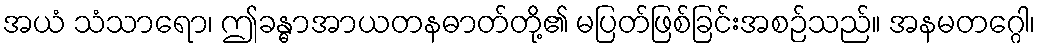
အယံ သံသာရော၊ ဤခန္ဓာအာယတနဓာတ်တို့၏ မပြတ်ဖြစ်ခြင်းအစဉ်သည်။ အနမတဂ္ဂေါ၊